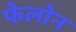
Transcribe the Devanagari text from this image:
फेलोन